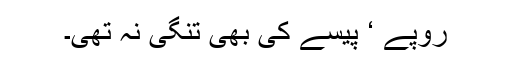
روپے ‘ پیسے کی بھی تنگی نہ تھی۔